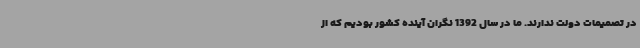
در تصمیمات دولت ندارند. ما در سال 1392 نگران آینده کشور بودیم که از